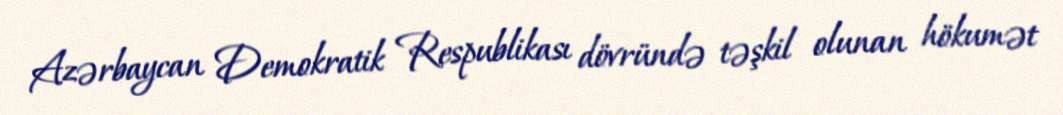
Azərbaycan Demokratik Respublikası dövründə təşkil olunan hökumət